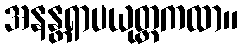
အနန္တရာပယုတ္ထကထာ။